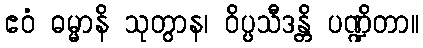
ဧဝံ ဓမ္မာနိ သုတွာန၊ ဝိပ္ပသီဒန္တိ ပဏ္ဍိတာ။